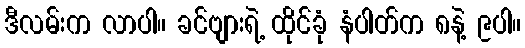
ဒီလမ်းက လာပါ။ ခင်ဗျားရဲ့ ထိုင်ခုံ နံပါတ်က ၈နဲ့ ၉ပါ။